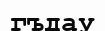
гъдау